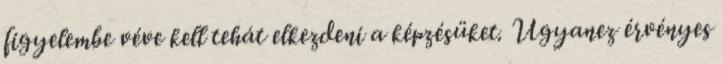
figyelembe véve kell tehát elkezdeni a képzésüket. Ugyanez érvényes